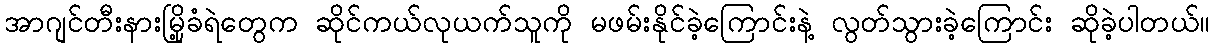
အာဂျင်တီးနားမြို့ခံရဲတွေက ဆိုင်ကယ်လုယက်သူကို မဖမ်းနိုင်ခဲ့ကြောင်းနဲ့ လွတ်သွားခဲ့ကြောင်း ဆိုခဲ့ပါတယ်။